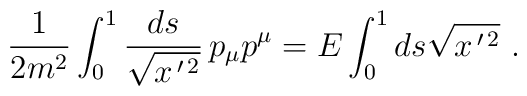
{1\over 2m^2}\int_0^1{ds\over\sqrt{x^{\,\prime\,2}}}\,	p_\mu p^\mu=E \int_0^1 ds\sqrt{x^{\,\prime\,2}}\ .